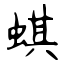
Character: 蜞